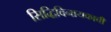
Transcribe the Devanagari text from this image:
सिद्धिविनायकाची